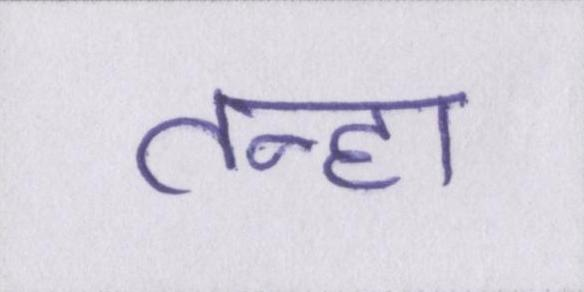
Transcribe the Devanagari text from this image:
तन्हा